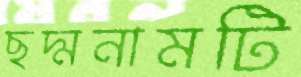
ছদ্মনামটি